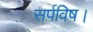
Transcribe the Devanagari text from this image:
सर्पविष।